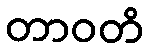
တာဝတိ